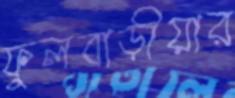
ফুলবাড়ীয়ার